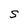
Character: S